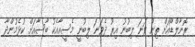
ރޮނާލްޑޯއަށް ތިން ވަނަ ލިބުނު އިރު ދެވަނަ ލިބުނީ މެސީއާއެކު ބާސާއަށް ކުޅެމުންދާ